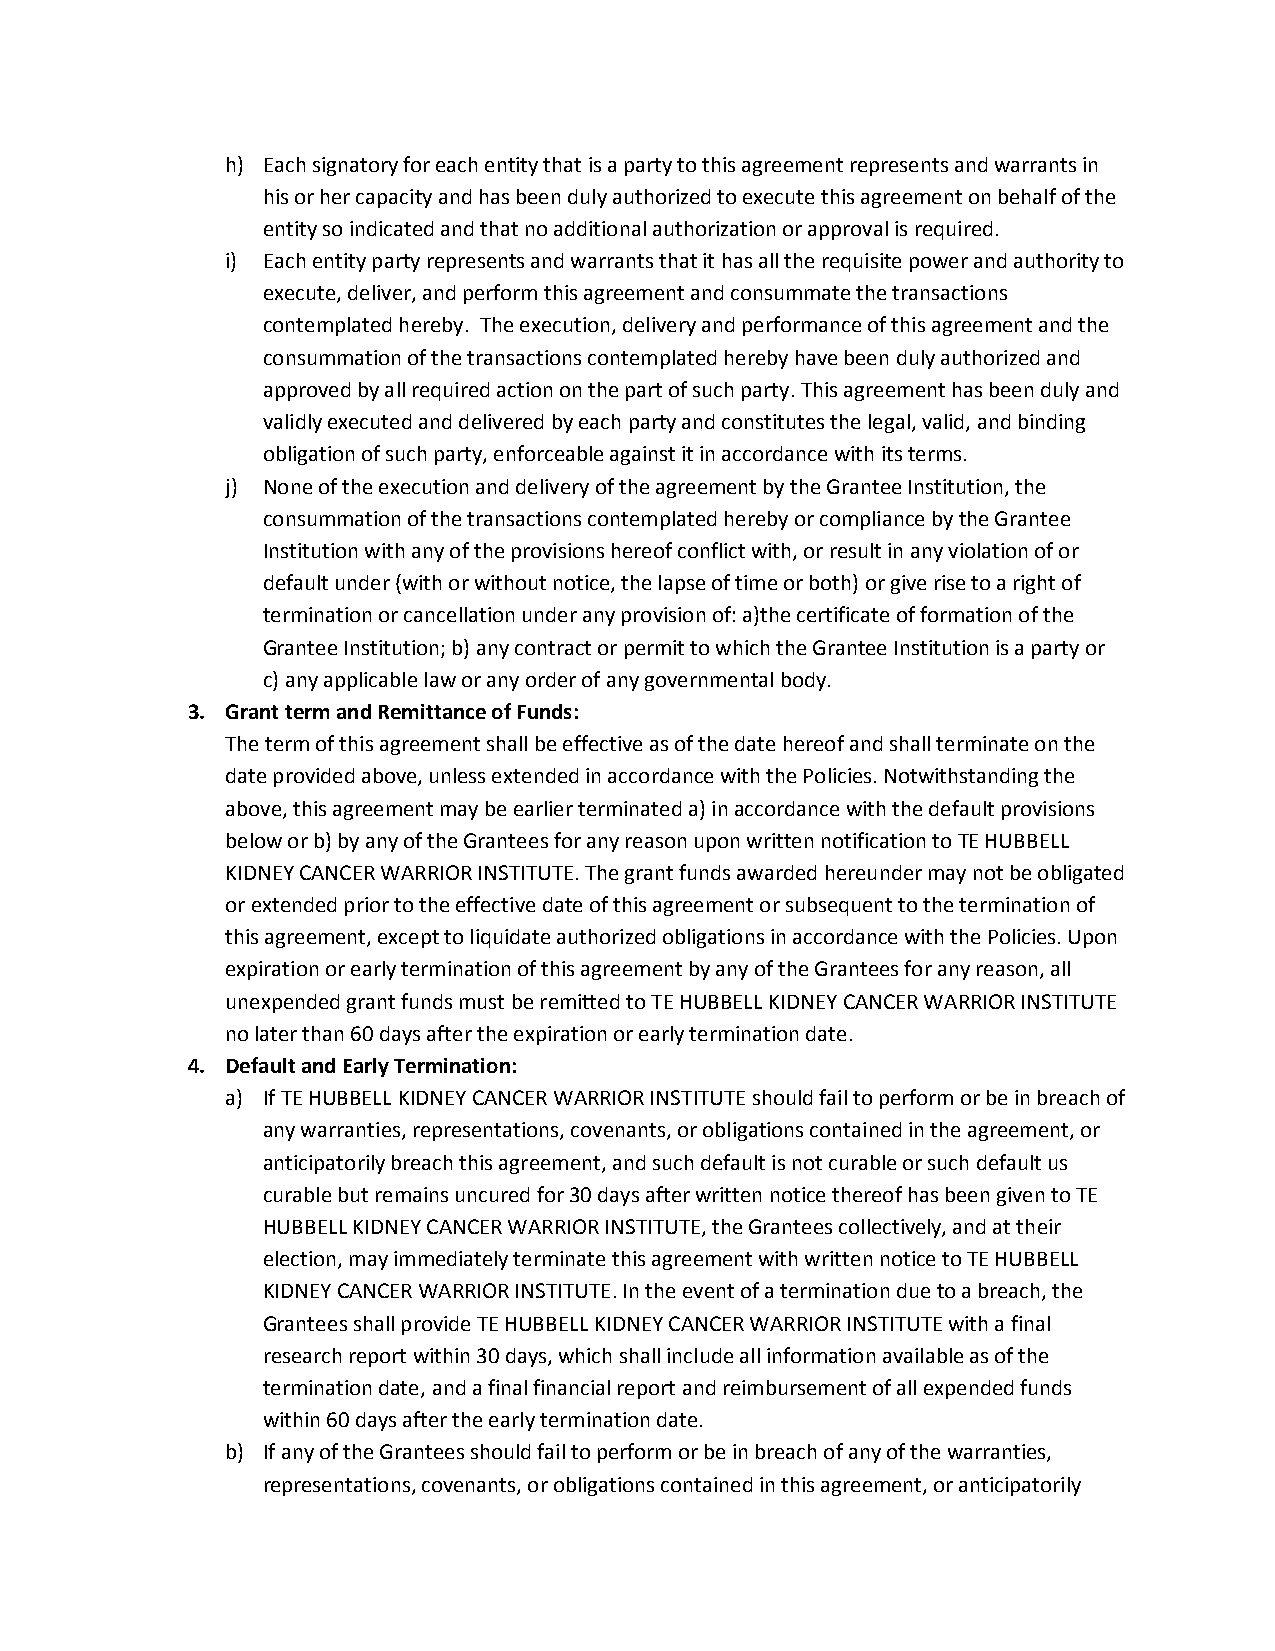
h) Each signatory for each entity that is a party to this agreement represents and warrants in
 his or her capacity and has been duly authorized to execute this agreement on behalf of the
 entity so indicated and that no additional authorization or approval is required.
 i) Each entity party represents and warrants that it has all the requisite power and authority to
 execute, deliver, and perform this agreement and consummate the transactions
 contemplated hereby. The execution, delivery and performance of this agreement and the
 consummation of the transactions contemplated hereby have been duly authorized and
 approved by all required action on the part of such party. This agreement has been duly and
 validly executed and delivered by each party and constitutes the legal, valid, and binding
 obligation of such party, enforceable against it in accordance with its terms.
 j) None of the execution and delivery of the agreement by the Grantee Institution, the
 consummation of the transactions contemplated hereby or compliance by the Grantee
 Institution with any of the provisions hereof conflict with, or result in any violation of or
 default under (with or without notice, the lapse of time or both) or give rise to a right of
 termination or cancellation under any provision of: a)the certificate of formation of the
 Grantee Institution; b) any contract or permit to which the Grantee Institution is a party or
 c) any applicable law or any order of any governmental body.
 3. Grant term and Remittance of Funds:
 The term of this agreement shall be effective as of the date hereof and shall terminate on the
 date provided above, unless extended in accordance with the Policies. Notwithstanding the
 above, this agreement may be earlier terminated a) in accordance with the default provisions
 below or b) by any of the Grantees for any reason upon written notification to TE HUBBELL
 KIDNEY CANCER WARRIOR INSTITUTE. The grant funds awarded hereunder may not be obligated
 or extended prior to the effective date of this agreement or subsequent to the termination of
 this agreement, except to liquidate authorized obligations in accordance with the Policies. Upon
 expiration or early termination of this agreement by any of the Grantees for any reason, all
 unexpended grant funds must be remitted to TE HUBBELL KIDNEY CANCER WARRIOR INSTITUTE
 no later than 60 days after the expiration or early termination date.
 4. Default and Early Termination:
 a) If TE HUBBELL KIDNEY CANCER WARRIOR INSTITUTE should fail to perform or be in breach of
 any warranties, representations, covenants, or obligations contained in the agreement, or
 anticipatorily breach this agreement, and such default is not curable or such default us
 curable but remains uncured for 30 days after written notice thereof has been given to TE
 HUBBELL KIDNEY CANCER WARRIOR INSTITUTE, the Grantees collectively, and at their
 election, may immediately terminate this agreement with written notice to TE HUBBELL
 KIDNEY CANCER WARRIOR INSTITUTE. In the event of a termination due to a breach, the
 Grantees shall provide TE HUBBELL KIDNEY CANCER WARRIOR INSTITUTE with a final
 research report within 30 days, which shall include all information available as of the
 termination date, and a final financial report and reimbursement of all expended funds
 within 60 days after the early termination date.
 b) If any of the Grantees should fail to perform or be in breach of any of the warranties,
 representations, covenants, or obligations contained in this agreement, or anticipatorily